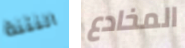
النتنة المخادع